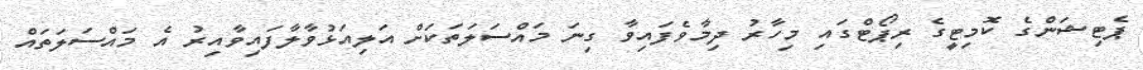
ޕެޓިޝަންގެ ކޮމިޓީގެ ރިޕޯޓްގައި މިހާރު ދިމާވެފައިވާ ގިނަ މައްސަލަތަކަށް އަލިއަޅުވާލާފައިވާއިރު އެ މައްސަލަތައް